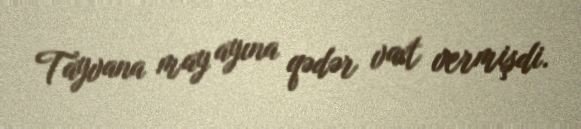
Tayvana may ayına qədər vaxt vermişdi.